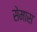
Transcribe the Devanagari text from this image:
सेमास